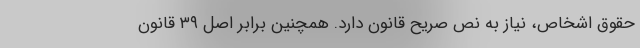
حقوق اشخاص، نیاز به نص صریح قانون دارد. همچنین برابر اصل ۳۹ قانون